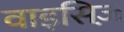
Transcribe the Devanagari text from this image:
वाइसिज़